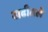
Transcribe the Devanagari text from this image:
वाढीतले